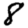
Digit: 8